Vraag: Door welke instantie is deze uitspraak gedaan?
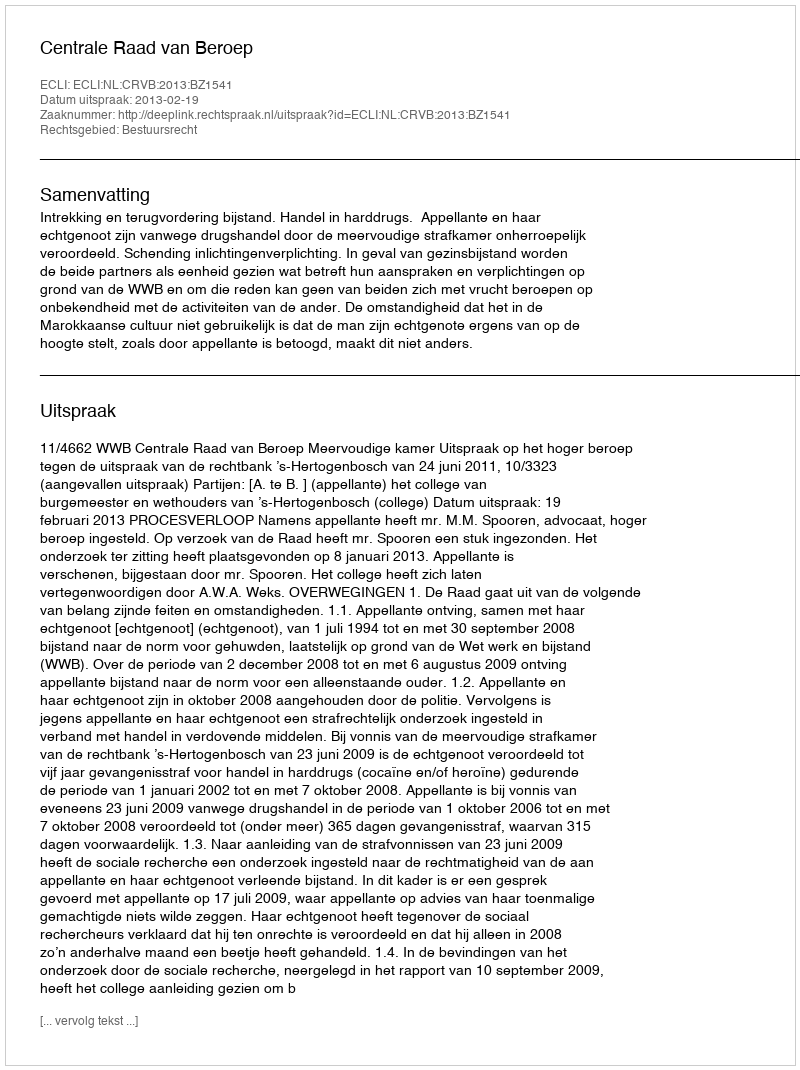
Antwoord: Centrale Raad van Beroep